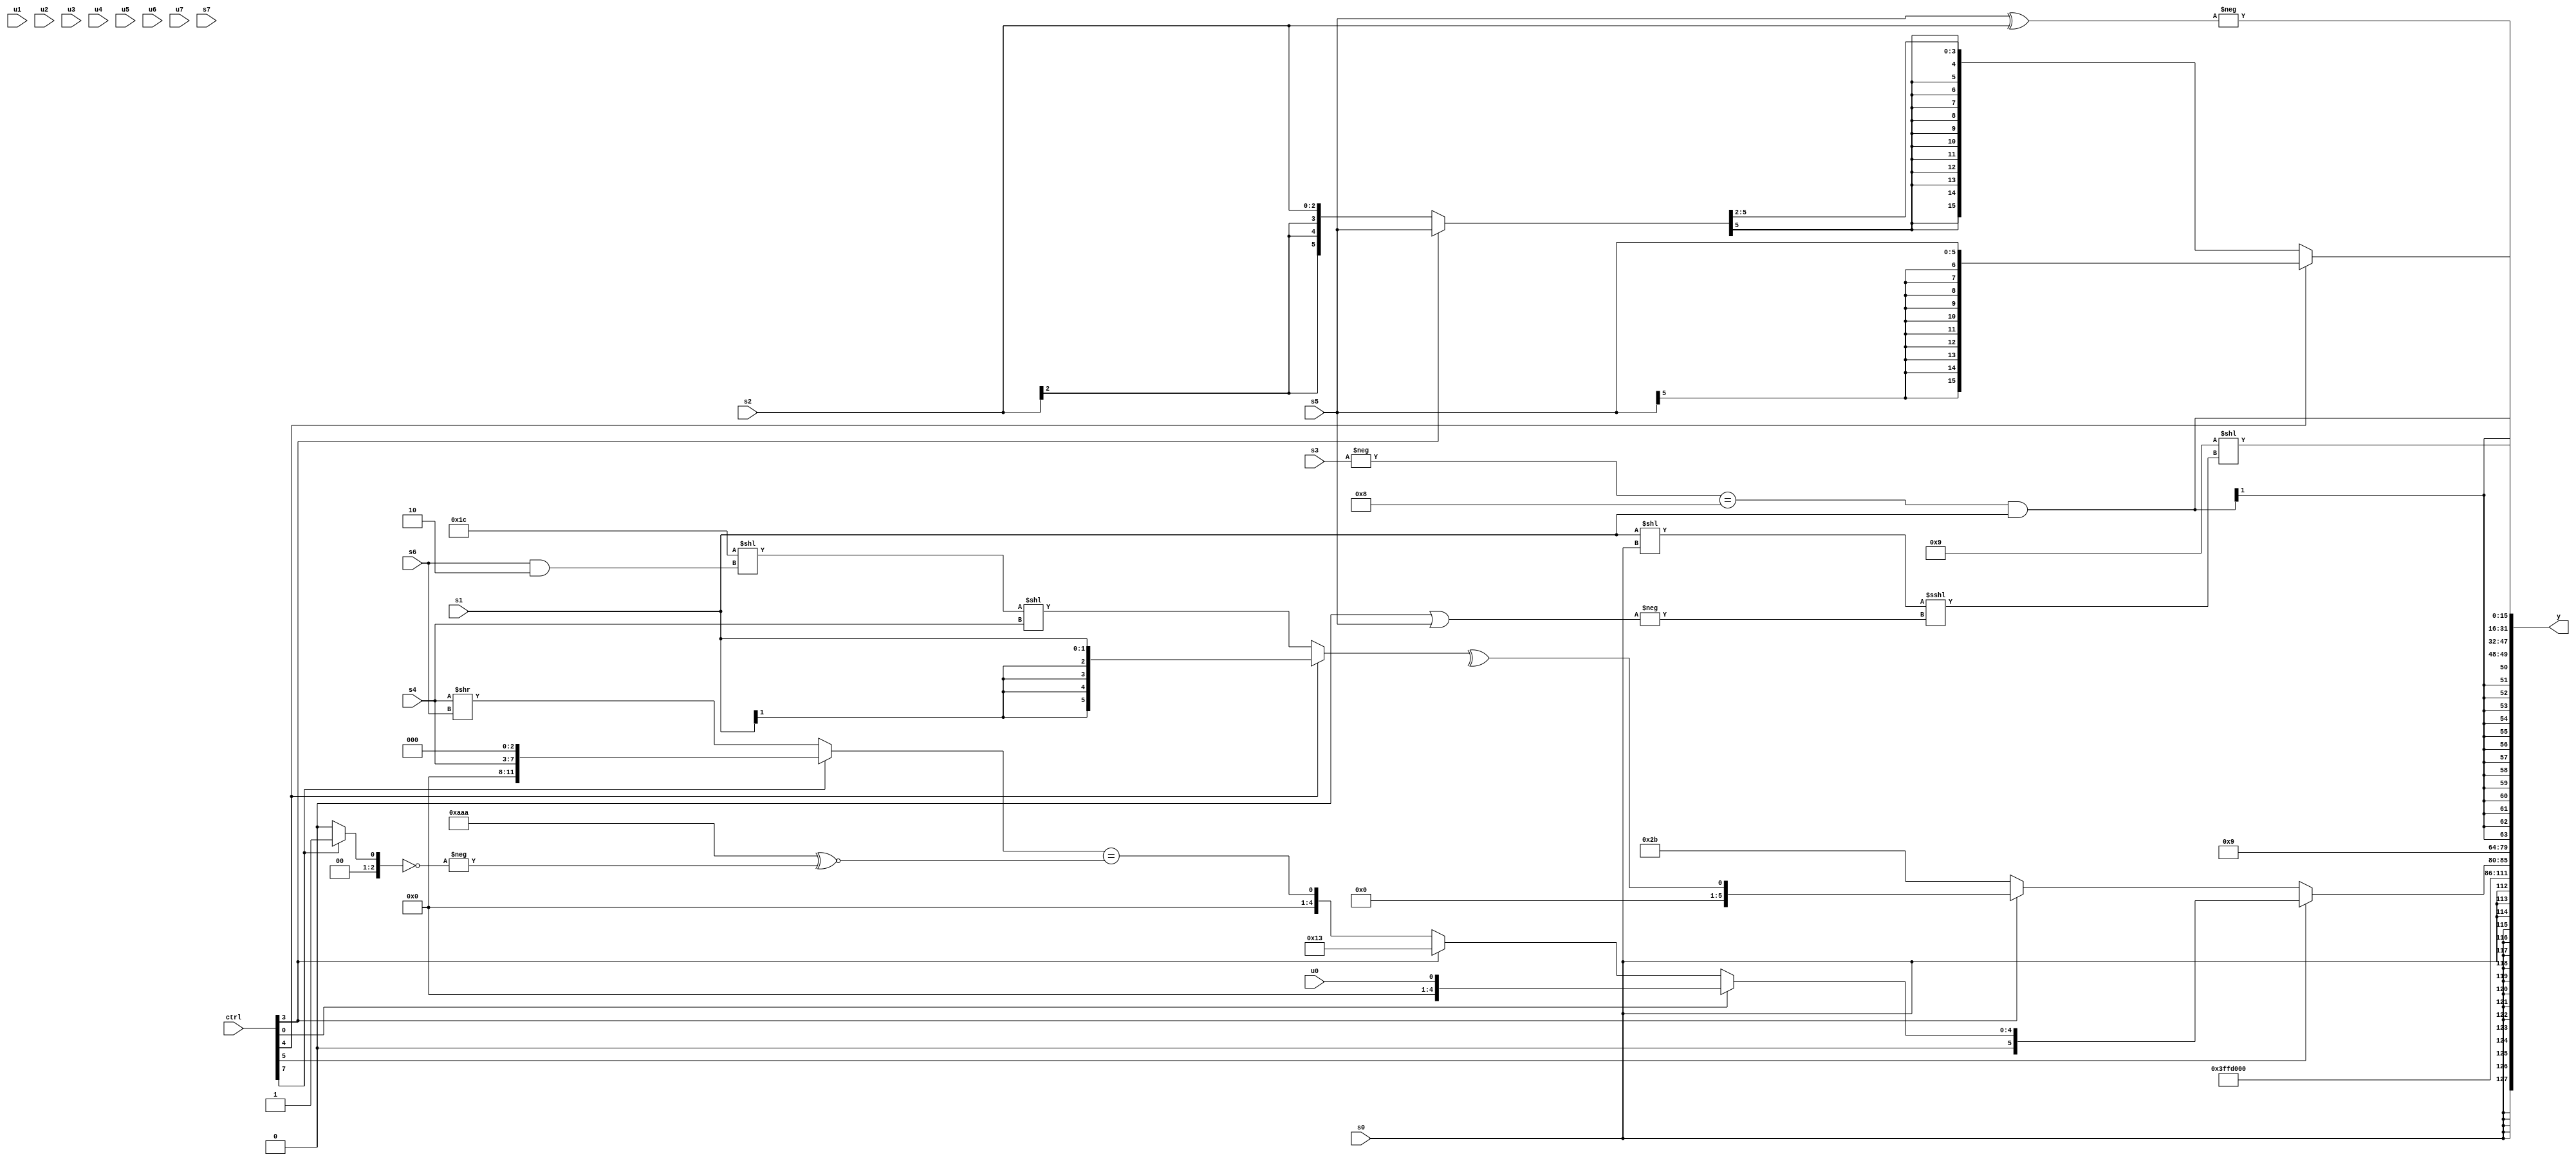
module wideexpr_00964(ctrl, u0, u1, u2, u3, u4, u5, u6, u7, s0, s1, s2, s3, s4, s5, s6, s7, y);
  input [7:0] ctrl;
  input [0:0] u0;
  input [1:0] u1;
  input [2:0] u2;
  input [3:0] u3;
  input [4:0] u4;
  input [5:0] u5;
  input [6:0] u6;
  input [7:0] u7;
  input signed [0:0] s0;
  input signed [1:0] s1;
  input signed [2:0] s2;
  input signed [3:0] s3;
  input signed [4:0] s4;
  input signed [5:0] s5;
  input signed [6:0] s6;
  input signed [7:0] s7;
  output [127:0] y;
  wire [15:0] y0;
  wire [15:0] y1;
  wire [15:0] y2;
  wire [15:0] y3;
  wire [15:0] y4;
  wire [15:0] y5;
  wire [15:0] y6;
  wire [15:0] y7;
  assign y = {y0,y1,y2,y3,y4,y5,y6,y7};
  assign y0 = s0;
  assign y1 = 5'sb10100;
  assign y2 = (ctrl[5]?(ctrl[0]?u0:(ctrl[3]?{1{+(+($signed({6'sb010011})))}}:((ctrl[7]?(s4)<<<(+((3'sb011)<<<(1'b0))):(ctrl[7]?(ctrl[6]?5'sb00010:s4):((s4)>>(s6))<<($signed(3'sb000)))))==(($signed($signed({3{4'sb1010}})))^~(-(((ctrl[7]?2'sb01:1'sb0))==($signed(3'sb000))))))):(ctrl[3]?^((ctrl[4]?s1:(((6'sb011100)<<<($unsigned(2'sb00)))<<((s6)&(2'sb10)))<<(+(s4)))):$unsigned($signed(-(6'sb010101)))));
  assign y3 = 4'b1001;
  assign y4 = ($signed($signed((-(s3))==((3'sb100)&(4'sb1000)))))&(s1);
  assign y5 = (ctrl[4]?s5:((ctrl[3]?s5:s2))>>>(3'sb010));
  assign y6 = +(-($signed(($signed(s5))^(s2))));
  assign y7 = (4'sb1001)<<((((s1)<<(s0))<<<(-((1'sb0)|(s5))))<<({2{+((s2)<<<(3'sb111))}}));
endmodule